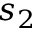
s _ { 2 }